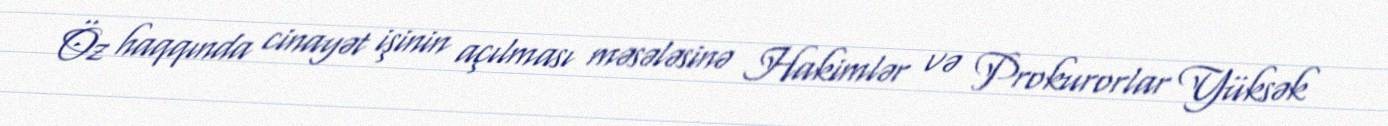
Öz haqqında cinayət işinin açılması məsələsinə Hakimlər və Prokurorlar Yüksək